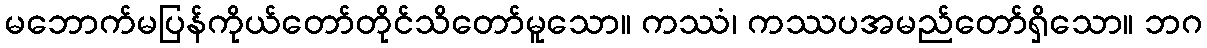
မဘောက်မပြန်ကိုယ်တော်တိုင်သိတော်မူသော။ ကဿံ၊ ကဿပအမည်တော်ရှိသော။ ဘဂ